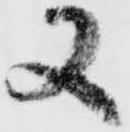
又